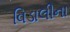
વિડાલીના